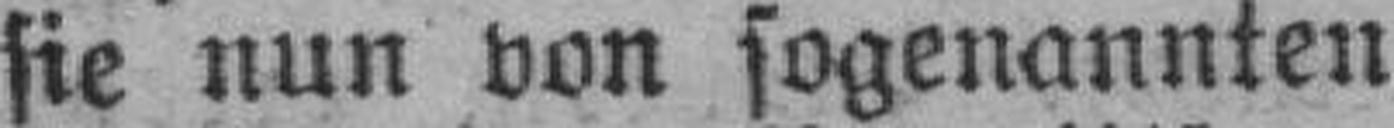
sie nun von sogenannten